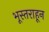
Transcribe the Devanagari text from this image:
भूस्तराहून